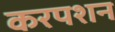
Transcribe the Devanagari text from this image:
करपशन